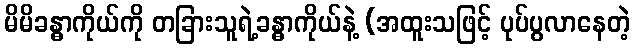
မိမိခန္ဓာကိုယ်ကို တခြားသူရဲ့ခန္ဓာကိုယ်နဲ့ (အထူးသဖြင့် ပုပ်ပွလာနေတဲ့